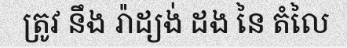
ត្រូវ នឹង រ៉ាដ្យង់ ដង នៃ តំលៃ